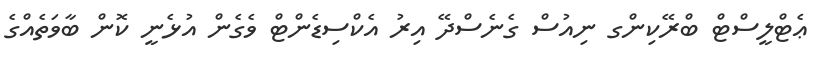
ޢެޓްލީސްޓް ބްރޭކިންގ ނިއުސް ގެނެސްދޭ އިރު އެކްސިޑެންޓް ވެގެން އުޅެނީ ކޮން ބާވަތެއްގެ